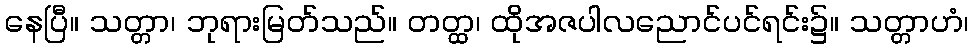
နေပြီ။ သတ္တာ၊ ဘုရားမြတ်သည်။ တတ္ထ၊ ထိုအဇပါလညောင်ပင်ရင်း၌။ သတ္တာဟံ၊